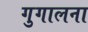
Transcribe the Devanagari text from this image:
गुगालना